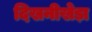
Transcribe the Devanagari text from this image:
दिखनीखेड़ा